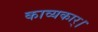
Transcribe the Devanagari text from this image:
काव्यकार्।